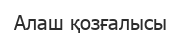
Алаш қозғалысы